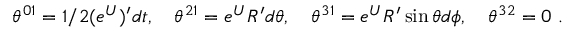
\theta ^ { 0 1 } = 1 / 2 ( e ^ { U } ) ^ { \prime } d t , \quad \theta ^ { 2 1 } = e ^ { U } R ^ { \prime } d \theta , \quad \theta ^ { 3 1 } = e ^ { U } R ^ { \prime } \sin \theta d \phi , \quad \theta ^ { 3 2 } = 0 \ .